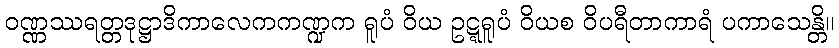
ဝဏ္ဏဿရတ္တဒုဋ္ဌာဒိကာလေကကဏ္ဍက ရူပံ ဝိယ ဥဋ္ဋရူပံ ဝိယစ ဝိပရီတာကာရံ ပကာသေန္တိ။